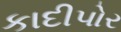
કાદીપોર